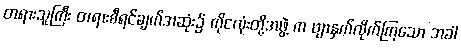
တရားသူကြီး တရားစီရင်ချက်အဆုံး၌ ကိုငလုံးတို့အဖွဲ့ က ဗျာနှက်လိုက်ကြသော အခါ